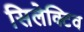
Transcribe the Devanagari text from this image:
सिलेक्टिव